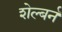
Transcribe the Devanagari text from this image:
शेल्बर्न